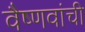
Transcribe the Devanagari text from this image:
वैष्णवांची